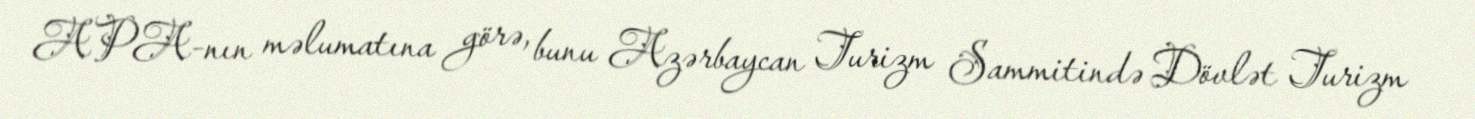
APA-nın məlumatına görə, bunu Azərbaycan Turizm Sammitində Dövlət Turizm